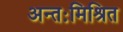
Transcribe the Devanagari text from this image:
अन्तःमिश्रित